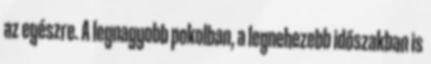
az egészre. A legnagyobb pokolban, a legnehezebb időszakban is